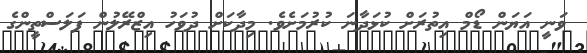
ވަނީ އަޔަން ޑޯމް އިތުރަށް ކުޅަދާނަ ކުރުމަށެވެ. މިދާކަށް ދުވަހު އިޒްރޭލުން ފަލަސްތީންގެ